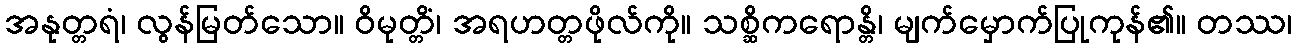
အနုတ္တရံ၊ လွန်မြတ်သော။ ဝိမုတ္တိံ၊ အရဟတ္တဖိုလ်ကို။ သစ္ဆိကရောန္တိ၊ မျက်မှောက်ပြုကုန်၏။ တဿ၊